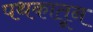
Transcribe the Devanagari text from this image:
पथकातून